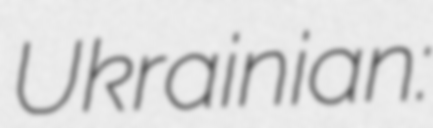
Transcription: Ukrainian: